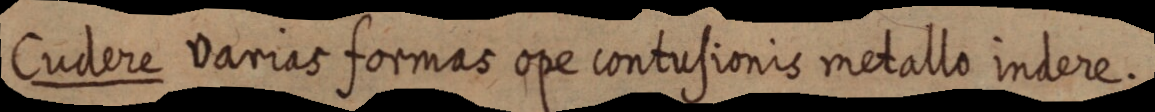
Cudere varias formas ope contusionis metallo indere.